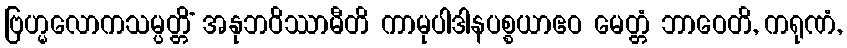
ဗြဟ္မလောကသမ္ပတ္တိံ အနုဘဝိဿာမီတိ ကာမုပါဒါနပစ္စယာဧဝ မေတ္တံ ဘာဝေတိ, ကရုဏံ,